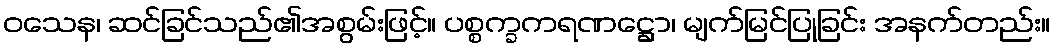
ဝသေန၊ ဆင်ခြင်သည်၏အစွမ်းဖြင့်။ ပစ္စက္ခကရဏဋ္ဌော၊ မျက်မြင်ပြုခြင်း အနက်တည်း။